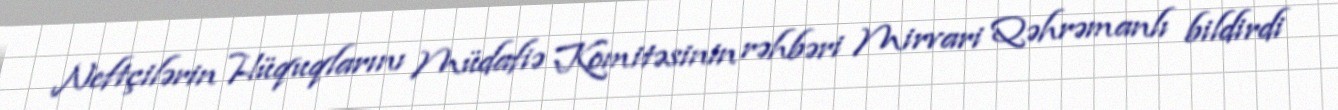
Neftçilərin Hüquqlarını Müdafiə Komitəsinin rəhbəri Mirvari Qəhrəmanlı bildirdi